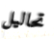
تحاليل